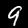
Digit: 9